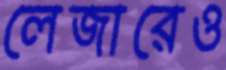
লেজারেও